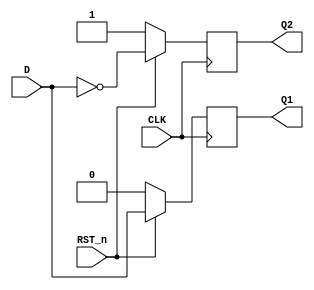
`timescale 1ns / 1ps
//////////////////////////////////////////////////////////////////////////////////
// Company: 
// Engineer: 
// 
// Design Name: 
// Module Name: Synchronous_D_FF
// Project Name: 
// Target Devices: 
// Tool Versions: 
// Description: 
// 
// Dependencies: 
// 
// Revision:
// Revision 0.01 - File Created
// Additional Comments:
// 
//////////////////////////////////////////////////////////////////////////////////


module Synchronous_D_FF(
    input CLK,
    input D,
    input RST_n,
    output reg Q1,
    output reg Q2
    );
    always @ (posedge CLK)
    begin
      if(RST_n == 0) 
         begin
         Q1 <= 0;
         Q2 <= 1;
         end
      else
         begin
         Q1 <= D;
         Q2 <= ~D;
         end
    end
endmodule